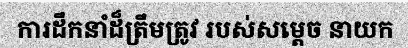
ការដឹកនាំដ៏ត្រឹមត្រូវ របស់សម្តេច នាយក